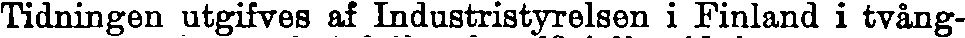
Tidningen utgifves af Industristyrelsen i Finland i tvång-